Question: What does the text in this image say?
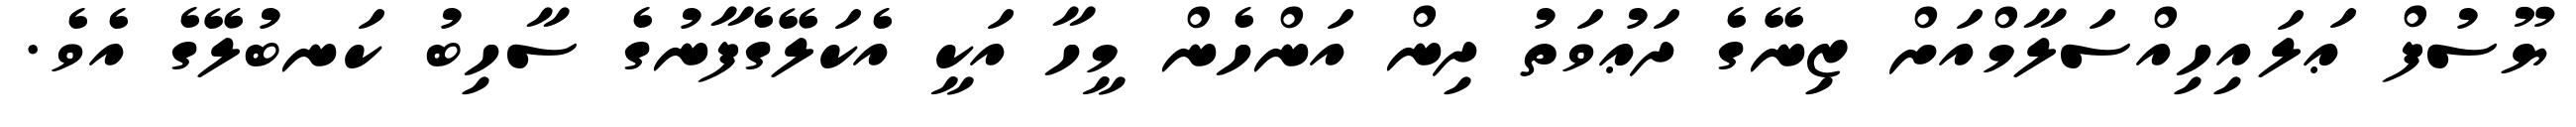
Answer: ޔޫސުފް ޢަލައިހިއްސަލާމްއަށް ޒިނޭގެ ދަޢުވަތު ދިން އަންހެން މީހާ އަކީ އެކަލޭގެފާނުގެ ސާހިބު ކަނބުލޭގެ އެވެ.